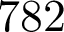
7 8 2